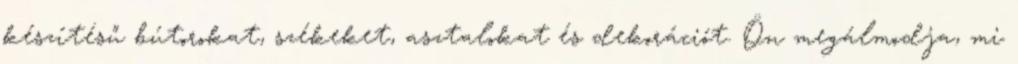
készítésű bútorokat, székeket, asztalokat és dekorációt. Ön megálmodja, mi